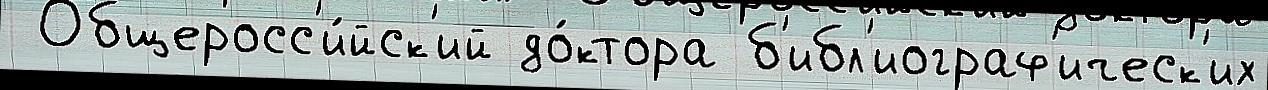
 Общеросс'и́йск'ий до́ктора б'ибл'иограф'ическ'их